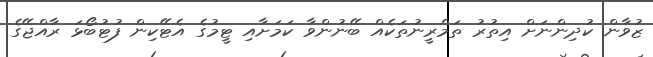
ޒުވާން ކުދިންނަށް އިތުރު ތަމްރީނުތަކެއް ބޭނުންވާ ކަމަށާއި ޓީމުގެ އެޓޭކިން ފުޓުބޯޅަ ރާއްޖޭގެ